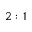
2 : 1